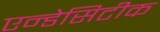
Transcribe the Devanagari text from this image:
एन्डेसिटीक